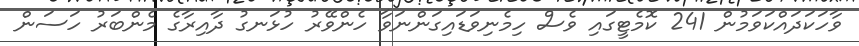
ވާހަކަދައްކަވަމުން 241 ކޮމެޓީގައި ވެސް ހިމެނިވަޑައިގަންނަވާ ހެންވޭރު ހުޅަނގު ދާއިރާގެ މެންބަރު ހަސަން